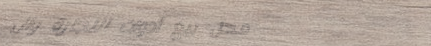
محل بيع أدوات النجارة وال